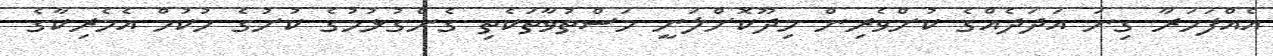
އެއްފަހަރާ ގިނަ އަދަދެއްގެ ކުށްވެރިން މިދޫކޮށްލަނީ މަސްތުވާތަކެތި ގެންގުޅުމުގެ ކުށުގެ ހުކުމް އެމެރިކާގެ